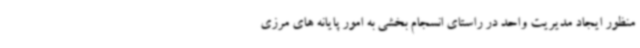
منظور ایجاد مدیریت واحد در راستای انسجام بخشی به امور پایانه های مرزی